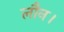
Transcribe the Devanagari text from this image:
लौन।